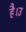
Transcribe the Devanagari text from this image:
है।उ